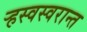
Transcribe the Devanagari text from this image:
ऱ्हस्वस्वरान्त